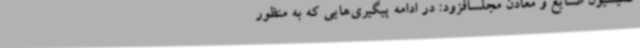
کمیسیون صنایع و معادن مجلسافزود: در ادامه پیگیری‌هایی که به منظور